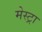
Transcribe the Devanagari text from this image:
मेस्ट्रा